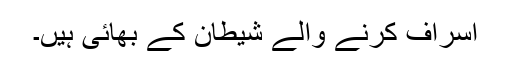
اسراف کرنے والے شیطان کے بھائی ہیں۔